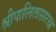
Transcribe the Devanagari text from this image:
श्रीपालितासारखा